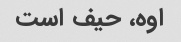
اوه، حیف است